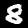
Digit: 8